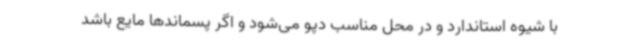
با شیوه استاندارد و در محل مناسب دپو می‌شود و اگر پسماندها مایع باشد